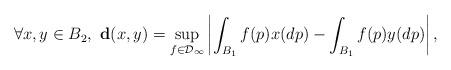
LaTeX: \begin{align*}\forall x,y \in B_2,\ \mathbf{d}(x,y)=\sup_{f \in \mathcal{D_1}} \left| \int_{B_1}f(p)x(dp) - \int_{B_1}f(p)y(dp) \right|,\end{align*}